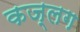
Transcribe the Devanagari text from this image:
कज्लग